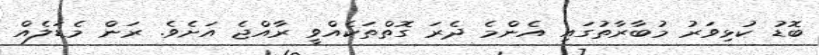
ބޮޑު ކުޅިވަރު މުބާރާތުގައި އެންމެ ދެރަ ގޮތްތަކެއްވީ ރާއްޖެ އަށެވެ. ރަން މެޑަލެއް